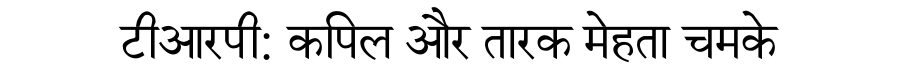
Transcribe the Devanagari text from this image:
टीआरपी: कपिल और तारक मेहता चमके